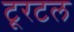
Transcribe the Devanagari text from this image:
टूरटल